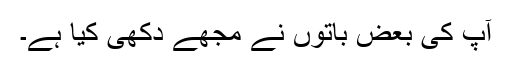
آپ کی بعض باتوں نے مجھے دکھی کیا ہے۔